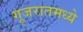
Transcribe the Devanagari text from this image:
गूजरातमध्ये